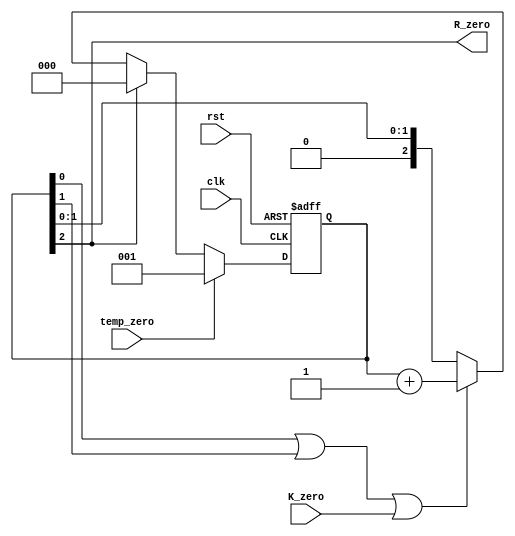
module R_counter_L4(R_zero,clk,rst,K_zero,temp_zero);
reg [2:0] R;
output wire R_zero;
input clk,rst,K_zero,temp_zero;
always @ (posedge clk or negedge rst)
	begin
		if (! rst ) begin
			R<=0; end
		else if (temp_zero)begin
			R<=3'b1; end
		else if(R[2])
			R<=0;
		else if ((R[0]||R[1])||K_zero)
			R<=R+3'b1;
	end
assign R_zero=R[2];

endmodule